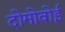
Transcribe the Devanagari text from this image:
दोमोवोई